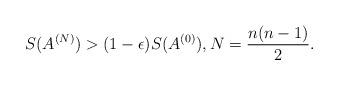
LaTeX: \begin{align*}S(A^{(N)})> (1-\epsilon)S(A^{(0)}), N=\frac{n(n-1)}{2}.\end{align*}